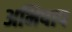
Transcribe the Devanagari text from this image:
अभिषाप